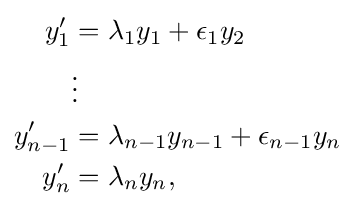
{\begin{aligned}y_{1}'&=\lambda _{1}y_{1}+\epsilon _{1}y_{2}\\&\vdots \\y_{n-1}'&=\lambda _{n-1}y_{n-1}+\epsilon _{n-1}y_{n}\\y_{n}'&=\lambda _{n}y_{n},\end{aligned}}